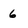
Character: 6